Plague in India, 1896, 1897 - Volume 1
Year: 1896
Disease focus: Plague
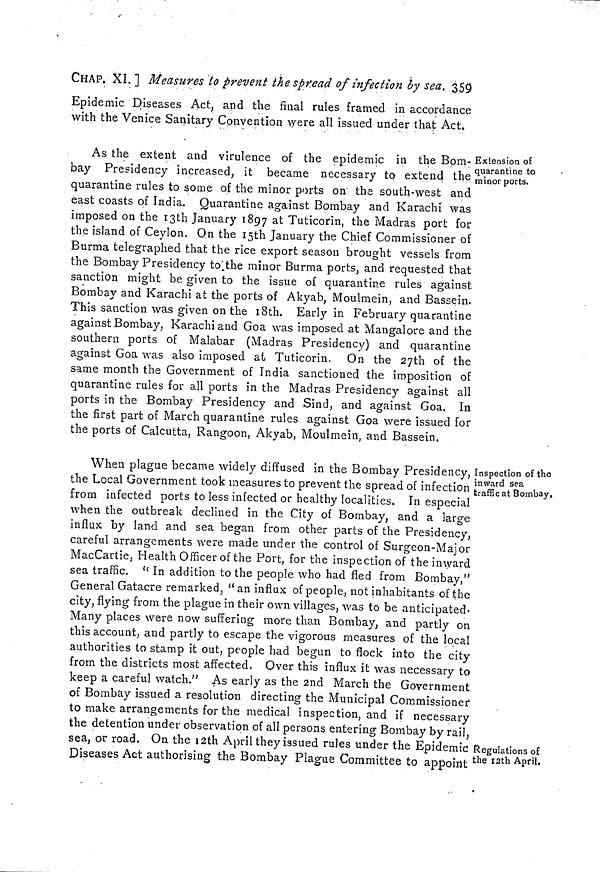
CHAP. XI. ] Measures to prevent the spread of infection by sea. 359
Epidemic Diseases Act, and the final rules framed in accordance
with the Venice Sanitary Convention were all issued under that Act.
Extension of
quarantine to
minor ports.
As the extent and virulence of the epidemic in the Bom-
bay Presidency increased, it became necessary to extend the
quarantine rules to some of the minor ports on the south-west and
east coasts of India. Quarantine against Bombay and Karachi was
imposed on the 13th January 1897 at Tuticorin, the Madras port for
the island of Ceylon. On the 15th January the Chief Commissioner of
Burma telegraphed that the rice export season brought vessels from
the Bombay Presidency to the minor Burma ports, and requested that
sanction might be given to the issue of quarantine rules against
Bombay and Karachi at the ports of Akyab, Moulmein, and Bassein.
This sanction was given on the 18th. Early in February quarantine
against Bombay, Karachi and Goa was imposed at Mangalore and the
southern ports of Malabar (Madras Presidency) and quarantine
against Goa was also imposed at Tuticorin. On the 27th of the
same month the Government of India sanctioned the imposition of
quarantine rules for all ports in the Madras Presidency against all
ports in the Bombay Presidency and Sind, and against Goa. In
the first part of March quarantine rules against Goa were issued for
the ports of Calcutta, Rangoon, Akyab, Moulmein, and Bassein.
Inspection of the
inward sea
traffic at Bombay.
When plague became widely diffused in the Bombay Presidency, I
the Local Government took measures to prevent the spread of infection
from infected ports to less infected or healthy localities. In especial
when the outbreak declined in the City of Bombay, and a large
influx by land and sea began from other parts of the Presidency,
careful arrangements were made under the control of Surgeon-Major
MacCartie, Health Officer of the Port, for the inspection of the inward
sea traffic. " In addition to the people who had fled from Bombay,"
General Gatacre remarked, "an influx of people, not inhabitants of the
city, flying from the plague in their own villages, was to be anticipated-
Many places were now suffering more than Bombay, and partly on
this account, and partly to escape the vigorous measures of the local
authorities to stamp it out, people had begun to flock into the city
from the districts most affected, Over this influx it was necessary to
keep a careful watch." As early as the 2nd March the Government
of Bombay issued a resolution directing the Municipal Commissioner
to make arrangements for the medical inspection, and if necessary
the detention under observation of all persons entering Bombay by rail,
sea, or road. On the 12th April they issued rules under the Epidemic
Diseases Act authorising the Bombay Plague Committee to appoint
Regulations of
the I2th April.